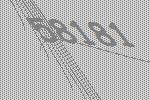
58181